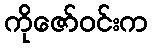
ကိုဇော်ဝင်းက